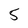
Character: 5